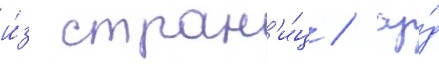
и́з стран'и́ц / су́д